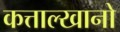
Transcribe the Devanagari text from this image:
कत्ताल्खानो